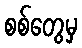
စစ်တွေမှ